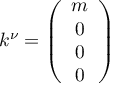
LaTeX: k ^ { \nu } = \left( \begin{array} { c } { { m } } \\ { { 0 } } \\ { { 0 } } \\ { { 0 } } \end{array} \right)